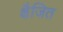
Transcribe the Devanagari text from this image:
क्षैजित